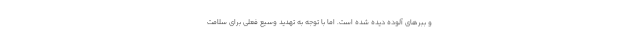
و ببرهای آلوده دیده شده است. اما با توجه به تهدید وسیع فعلی برای سلامت